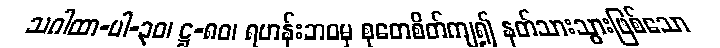
သဂါထာ-ပါ-၃၀၊ ဋ္ဌ-၈၀၊ ရဟန်းဘဝမှ စုတေစိတ်ကျ၍ နတ်သားသွားဖြစ်သော